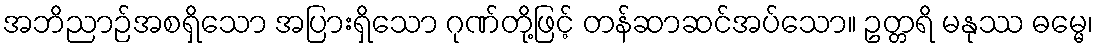
အဘိညာဉ်အစရှိသော အပြားရှိသော ဂုဏ်တို့ဖြင့် တန်ဆာဆင်အပ်သော။ ဥတ္တရိ မနုဿ ဓမ္မေ၊